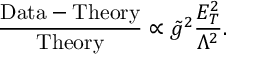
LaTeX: { { { \frac { \mathrm { D a t a } - \mathrm { T h e o r y } } { \mathrm { T h e o r y } } } } } \propto \tilde { g } ^ { 2 } { \frac { { E _ { T } ^ { 2 } } } { \Lambda ^ { 2 } } } .